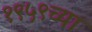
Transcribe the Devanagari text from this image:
१९५९च्या